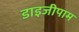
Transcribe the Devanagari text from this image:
डाइजीपाम